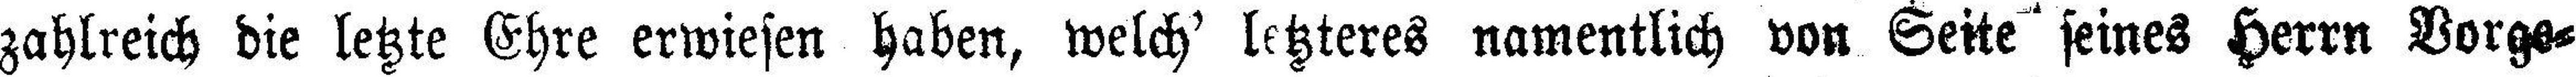
zahlreich die letzte Ehre erwiesen haben, welch' letzteres namentlich von Seite seines Herrn Vorge¬